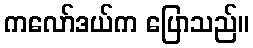
ကလော်ဒယ်က ပြောသည်။